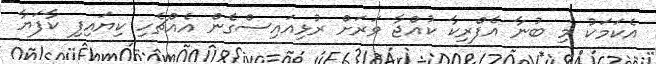
އެކަމަކު މި ބުނާ އެފްރިކާ ކުއްޖާ ވަރަށް ރުޅިއައިސްގެން އެއްޗެހި ކިޔައިފި ކާފަޔާ